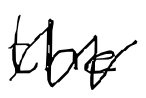
Text: the
Cross-out: zig-zag
Writing tool: digital_black